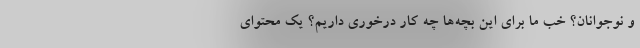
و نوجوانان؟ خب ما برای این بچه‌ها چه کار درخوری داریم؟ یک محتوای